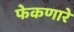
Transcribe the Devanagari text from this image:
फेकणारे